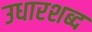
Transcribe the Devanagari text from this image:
उधारशब्द